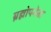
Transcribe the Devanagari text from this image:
ब्रह्मोपनेता